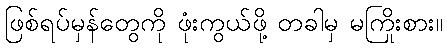
ဖြစ်ရပ်မှန်တွေကို ဖုံးကွယ်ဖို့ တခါမှ မကြိုးစား။